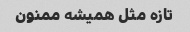
تازه مثل همیشه ممنون